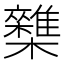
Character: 𣠛